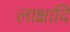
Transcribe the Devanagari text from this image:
लाक्षादि